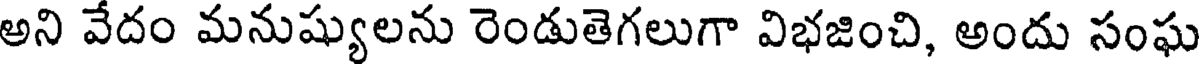
అని వేదం మనుష్యులను రెండుతెగలుగా విభజించి, అందు సంఘ